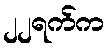
၂၂ရက်က